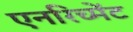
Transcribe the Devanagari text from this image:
एनरिच्मेंट